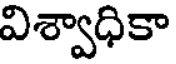
విశ్వాధికా